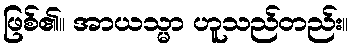
ဖြစ်၏။ အာယသ္မာ ဟူသည်တည်း။